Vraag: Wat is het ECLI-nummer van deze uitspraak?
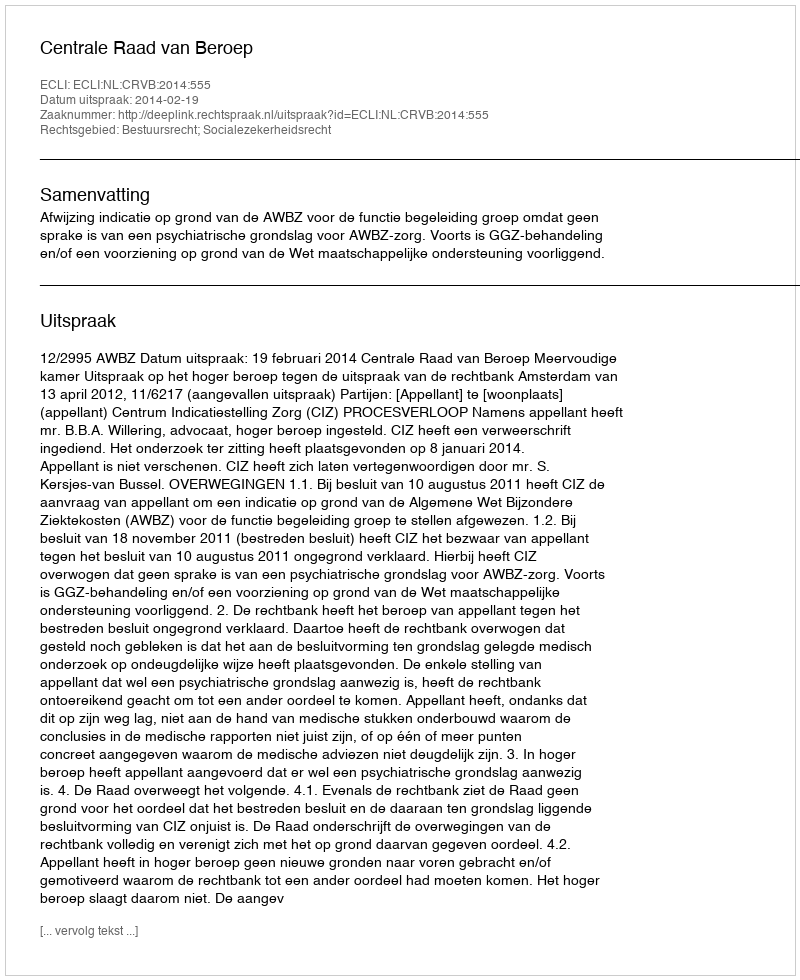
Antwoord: ECLI:NL:CRVB:2014:555